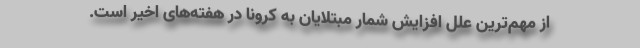
از مهم‌ترین علل افزایش شمار مبتلایان به کرونا در هفته‌های اخیر است.